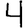
Digit: 4